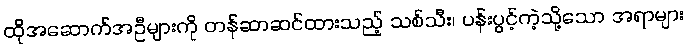
ထိုအဆောက်အဦများကို တန်ဆာဆင်ထားသည့် သစ်သီး၊ ပန်းပွင့်ကဲ့သို့သော အရာများ